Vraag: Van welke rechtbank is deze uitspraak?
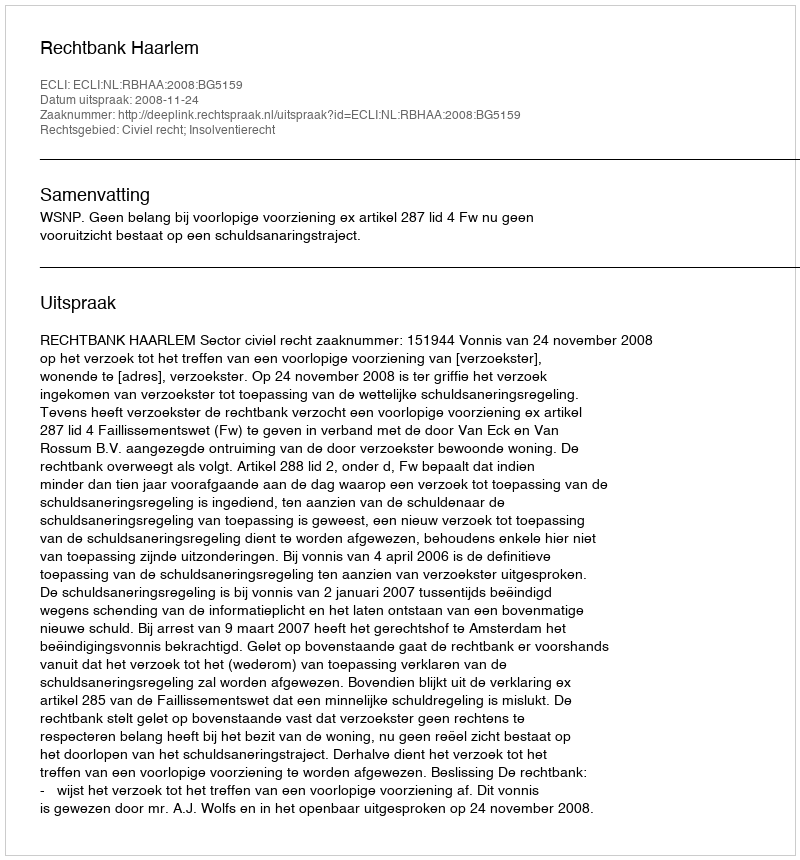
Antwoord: Rechtbank Haarlem